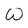
Character: W